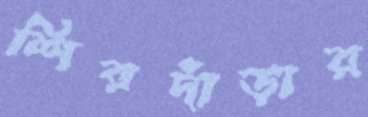
শিরদাঁড়ার